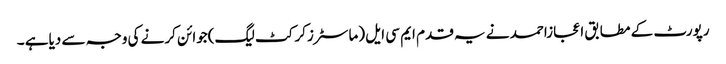
رپورٹ کے مطابق اعجازاحمد نے یہ قدم ایم سی ایل (ماسٹرزکرکٹ لیگ)جوائن کرنے کی وجہ سے دیاہے ۔